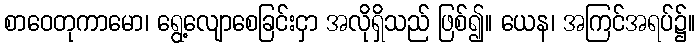
စာဝေတုကာမော၊ ရွေ့လျောစေခြင်းငှာ အလိုရှိသည် ဖြစ်၍။ ယေန၊ အကြင်အရပ်၌။